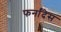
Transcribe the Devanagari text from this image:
फर्नांदेस